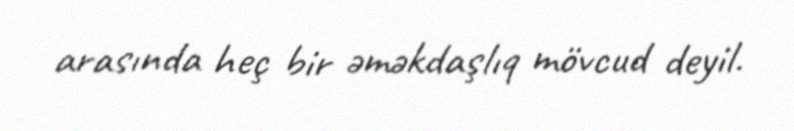
arasında heç bir əməkdaşlıq mövcud deyil.